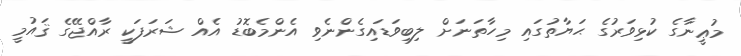
މުޢީނާގެ ކުޅިވަރުގެ ޙަޔާތުގައި މިހާތަނަށް ލިބިވަޑައިގެންނެވި އެންމެބޮޑު އެއް ޝަރަފަކީ ރާއްޖޭގެ ޤައުމީ